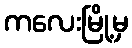
ကလေးမြို့မှ